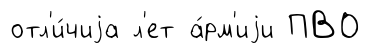
отл'и́чиjа л'ет а́рм'иjи ПВО